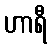
ဟာရီ